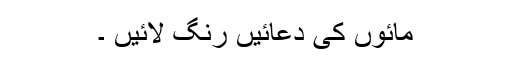
مائوں کی دعائیں رنگ لائیں ۔